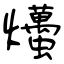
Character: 爡